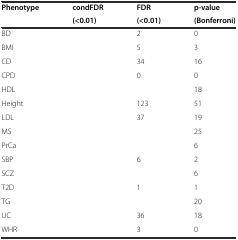
<table><thead><tr><td rowspan="2"><b>Phenotype</b></td><td><b>condFDR</b></td><td><b>FDR</b></td><td><b>p-value</b></td></tr><tr><td><b>(&lt;0.01)</b></td><td><b>(&lt;0.01)</b></td><td><b>(Bonferroni)</b></td></tr></thead><tbody><tr><td>BD</td><td>[EMPTY_CELL]</td><td>2</td><td>0</td></tr><tr><td>BMI</td><td>[EMPTY_CELL]</td><td>5</td><td>3</td></tr><tr><td>CD</td><td>[EMPTY_CELL]</td><td>34</td><td>16</td></tr><tr><td>CPD</td><td>[EMPTY_CELL]</td><td>0</td><td>0</td></tr><tr><td>HDL</td><td>[EMPTY_CELL]</td><td>[EMPTY_CELL]</td><td>18</td></tr><tr><td>Height</td><td>[EMPTY_CELL]</td><td>123</td><td>51</td></tr><tr><td>LDL</td><td>[EMPTY_CELL]</td><td>37</td><td>19</td></tr><tr><td>MS</td><td>[EMPTY_CELL]</td><td>[EMPTY_CELL]</td><td>25</td></tr><tr><td>PrCa</td><td>[EMPTY_CELL]</td><td>[EMPTY_CELL]</td><td>6</td></tr><tr><td>SBP</td><td>[EMPTY_CELL]</td><td>6</td><td>2</td></tr><tr><td>SCZ</td><td>[EMPTY_CELL]</td><td>[EMPTY_CELL]</td><td>6</td></tr><tr><td>T2D</td><td>[EMPTY_CELL]</td><td>1</td><td>1</td></tr><tr><td>TG</td><td>[EMPTY_CELL]</td><td>[EMPTY_CELL]</td><td>20</td></tr><tr><td>UC</td><td>[EMPTY_CELL]</td><td>36</td><td>18</td></tr><tr><td>WHR</td><td>[EMPTY_CELL]</td><td>3</td><td>0</td></tr></tbody></table>